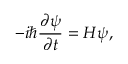
- i \hbar \frac { \partial \psi } { \partial t } = H \psi ,